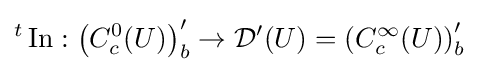
{}^{t}\operatorname {In} :\left(C_{c}^{0}(U)\right)_{b}^{\prime }\to {\mathcal {D}}^{\prime }(U)=\left(C_{c}^{\infty }(U)\right)_{b}^{\prime }